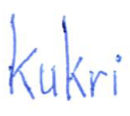
Text: kukri
Cross-out: clean
Writing tool: ballpoint